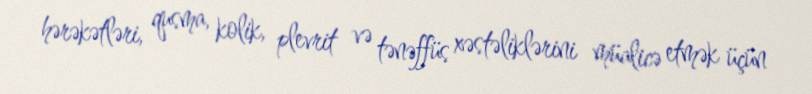
hərəkətləri, qusma, kolik, plevrit və tənəffüs xəstəliklərini müalicə etmək üçün